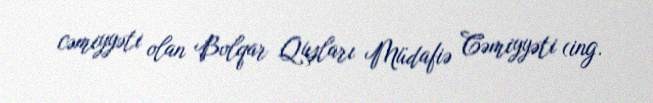
cəmiyyəti olan Bolqar Quşları Müdafiə Cəmiyyəti (ing.